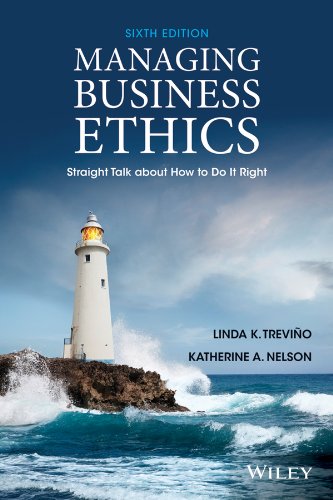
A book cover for Managing Business Ethics: Straight Talk about How to Do It Right; Linda K. Trevino; Business & Money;